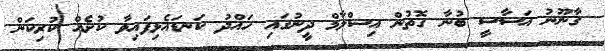
ގާނޫނު އަސާސީ ބުނާ ގޮތުން އިސްލާމް ދީނުގައި ހައްދު ކަނޑައެޅިފައިވާ ކުށެއް ކުރިކަން